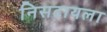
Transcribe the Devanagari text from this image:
निसटायला